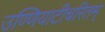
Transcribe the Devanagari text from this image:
उण्णियाटीचरितम्